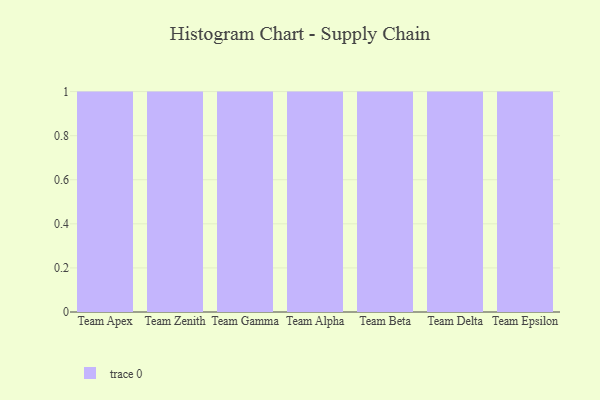
{"axis": {"x": "Team", "y": "Satisfaction Score"}, "legend": [""], "data": [{"x": "Team Apex", "y": 7, "type": ""}, {"x": "Team Zenith", "y": 99, "type": ""}, {"x": "Team Gamma", "y": 23, "type": ""}, {"x": "Team Alpha", "y": 23, "type": ""}, {"x": "Team Beta", "y": 54, "type": ""}, {"x": "Team Delta", "y": 45, "type": ""}, {"x": "Team Epsilon", "y": 80, "type": ""}]}